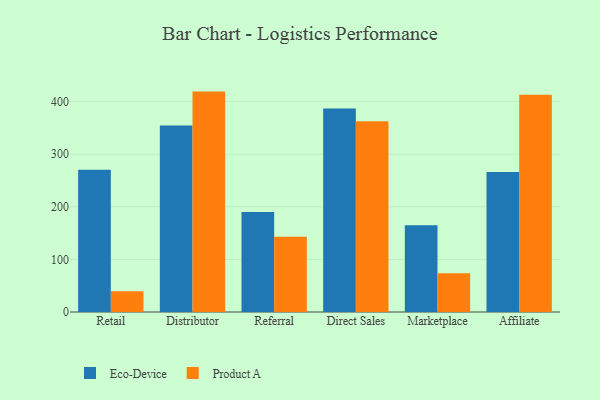
{"axis": {"x": "Channel", "y": "Inventory Turnover"}, "legend": ["Eco-Device", "Product A"], "data": [{"x": "Retail", "y": 270.6, "type": "Eco-Device"}, {"x": "Retail", "y": 39.5, "type": "Product A"}, {"x": "Distributor", "y": 354.8, "type": "Eco-Device"}, {"x": "Distributor", "y": 419.1, "type": "Product A"}, {"x": "Referral", "y": 190.2, "type": "Eco-Device"}, {"x": "Referral", "y": 143.2, "type": "Product A"}, {"x": "Direct Sales", "y": 387.2, "type": "Eco-Device"}, {"x": "Direct Sales", "y": 362.8, "type": "Product A"}, {"x": "Marketplace", "y": 165.0, "type": "Eco-Device"}, {"x": "Marketplace", "y": 73.8, "type": "Product A"}, {"x": "Affiliate", "y": 266.0, "type": "Eco-Device"}, {"x": "Affiliate", "y": 413.0, "type": "Product A"}]}